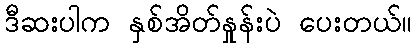
ဒီဆးပါက နှစ်အိတ်နှုန်းပဲ ပေးတယ်။